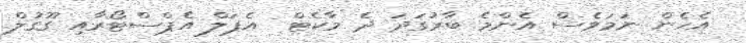
އެހެން ނަމަވެސް އެންމެ ބާރުގަަދަ ދެ މާކެޓް  އެޕަލް އެޕްސްޓޯރާއި ގޫގުލް